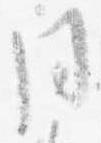
同